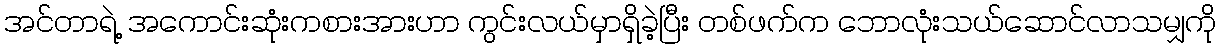
အင်တာရဲ့ အကောင်းဆုံးကစားအားဟာ ကွင်းလယ်မှာရှိခဲ့ပြီး တစ်ဖက်က ဘောလုံးသယ်ဆောင်လာသမျှကို